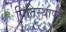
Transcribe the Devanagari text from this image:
प्रितिस्थापन